Report on horse surra - Volume I
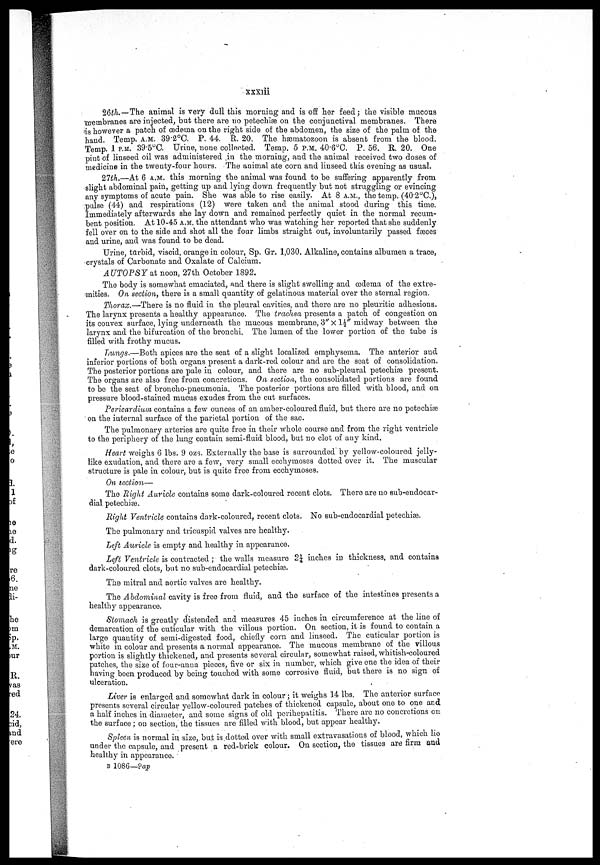
xxxiii
26th—The animal is very dull this morning and is off her feed; the visible mucous
membranes are injected, but there are no petechiæ on the conjunctival membranes. There
is however a patch of œdeuaa on the right side of the abdomen, the size of the palm of the
hand. Temp. A.M. 39.2°C. P. 44. R. 20. The hæmatozoon is absent from the blood.
Temp. 1 P.M. 39.5°C. Urine,none collected. Temp. 5 P.M. 40.6°C. P. 56. R. 20. One
pint of linseed oil was administered in the morning, and the animal received two doses of
medicine in the twenty-four hours. The animal ate corn and linseed this evening as usual.
27th.—At 6 A.M. this morning the animal was found to be suffering apparently from
slight abdominal pain, getting up and lying down frequently but not struggling or evincing
any symptoms of acute pain. She was able to rise easily. At 8 A.M., the temp. (40.2°C),
pulse (44) and respirations (12) were taken and the animal stood during this time.
Immediately afterwards she lay down and remained perfectly quiet in the normal recum-
bent position, At 10-45 A.M. the attendant who was watching her reported that she suddenly
fell over on to the side and shot all the four limbs straight out, involuntarily passed fæces
and urine, and was found to be dead.
Urine, turbid, viscid, orange in colour, Sp. Gr. 1,030. Alkaline, contains albumen a trace,
crystals of Carbonate and Oxalate of Calcium,
AUTOPSY at noon, 27th October 1892.
The body is somewhat emaciated, and there is slight swelling and œdenia of the extre-
mities. On section, there is a small quantity of gelatinous material over the sternal region.
Thorax.—There is no fluid in the pleural cavities, and there are no pleuritic adhesions.
The larynx presents a healthy appearance. The trachea presents a patch of congestion on
its convex surface, lying underneath the mucous membrane, 3" × 14½" midway between the
larynx and the bifurcation of the bronchi. The lumen of the lower portion of the tube is
filled with frothy mucus.
Lungs.—Both apices are the seat of a slight localized emphysema. The anterior and
inferior portions of both organs present a dark-red colour and are the seat of consolidation.
The posterior portions are pale in colour, and there are no sub-pleural petechiæ present.
The organs are also free from concretions. On section, the consolidated portions are found
to be the seat of broncho-pneumonia. The posterior portions are filled with blood, and on
pressure blood-stained mucus exudes from the cut surfaces.
Pericardium contains a few ounces of an amber-coloured fluid, but there are no petechiæ
on the internal surface of the parietal portion of the sac.
The pulmonary arteries are quite free in their whole course and from the right ventricle
to the periphery of the lung contain semi-fluid blood, but no clot of any kind.
Heart weighs 6 lbs. 9 ozs. Externally the base is surrounded by yellow-coloured jelly-
like exudation, and there are a few, very small ecckymoses dotted over it. The muscular
structure is pale in colour, but is quite free from ecchymoses.
On section—
The Eight Auricle contains some dark-coloured recent clots. There are no sub-endocar-
dial petechiæ.
Right Ventricle contains dark-coloured, recent clots. No sub-endocardial petechiæ.
The pulmonary and tricuspid valves are healthy.
Left Auricle is empty and healthy in appearance.
Left Ventricle is contracted; the walls measure 2¼ inches in thickness, and contains
dark-coloured clots, but no sub-endocardial petechiæ.
The mitral and aortic valves are healthy.
The Abdominal cavity is free from fluid, and the surface of the intestines presents a
healthy appearance.
Stomach is greatly distended and measures 45 inches in circumference at the line of
demarcation of the cuticular with the villous portion. On section, it is found to contain a
large quantity of semi-digested food, chiefly corn and linseed. The cuticular portion is
white in colour and presents a normal appearance. The mucous membrane of the villous
portion is slightly thickened, and presents several circular, somewhat raised, whitish-coloured
patches, the size of four-anna pieces, five or six in number, which give one the idea of their
having been produced by being touched with some corrosive fluid, but there is no sign of
ulceration.
Liver is enlarged and somewhat dark in colour; it weighs 14 lbs. The anterior surface
presents several circular yellow-coloured patches of thickened capsule, about one to one and
a half inches in diameter, and some signs of old perihepatitis. There are no concretions on
the surface; on section, the tissues are filled with blood, but appear healthy.
Spleen is normal in size, but is dotted over with small extravasations of blood, which lie
under the capsule, and present a red-brick colour. On section, the tissues are firm and
healthy in appearance.
B 1086—9 ap